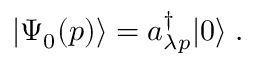
| \Psi _ { 0 } ( p ) \rangle = a _ { \lambda p } ^ { \dagger } | 0 \rangle \; .